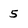
Character: 5